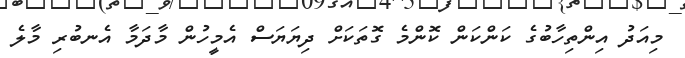
މިއަދު އިންތިހާބުގެ ކަންކަން ކޮންމެ ގޮތަކަށް ދިޔަޔަސް އެމީހުން މާދަމާ އެނބުރި މާލެ